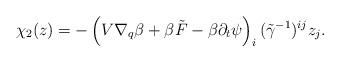
LaTeX: \begin{align*}\chi_2(z)=&-\left(V\nabla_q \beta+\beta\tilde F- \beta \partial_t\psi\right)_i (\tilde\gamma^{-1})^{ij}z_j.\end{align*}